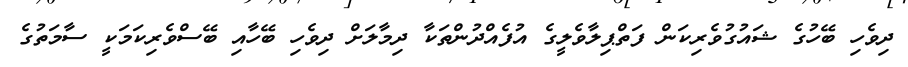
ދިވެހި ބޭހުގެ ޝައުގުވެރިކަން ފަތްޕިލާވެލީގެ އުފެއްދުންތަކާ ދިމާލަށް ދިވެހި ބޭހާއި ބޭސްވެރިކަމަކީ ސާމަތުގެ